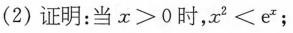
(2)证明：当$$x ＞ 0$$时，$$x ^ { 2 } ＜ e ^ { x }$$；